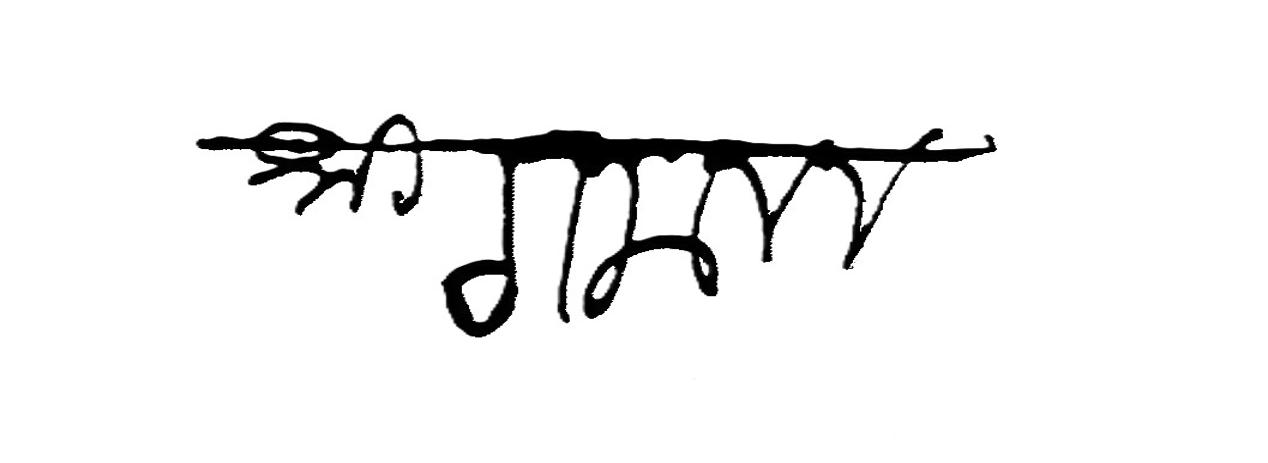
Transliteration (Devanagari): श्री गजानन